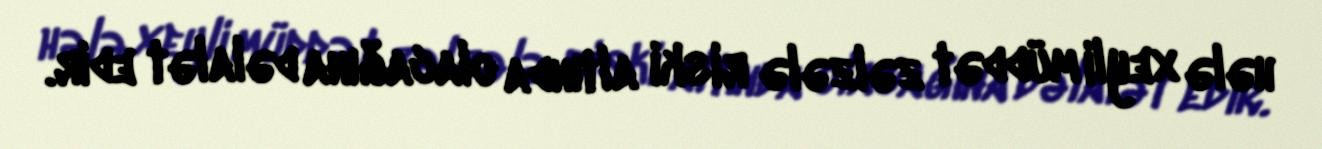
hələ xeyli müddət zəlzələ riski altında olacağına dəlalət edir.